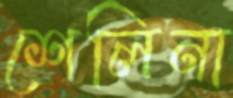
শেলিনা